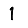
Digit: 1